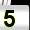
Digit: 5